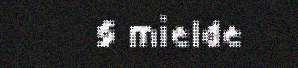
§ mielde